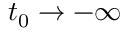
t _ { 0 } \rightarrow - \infty